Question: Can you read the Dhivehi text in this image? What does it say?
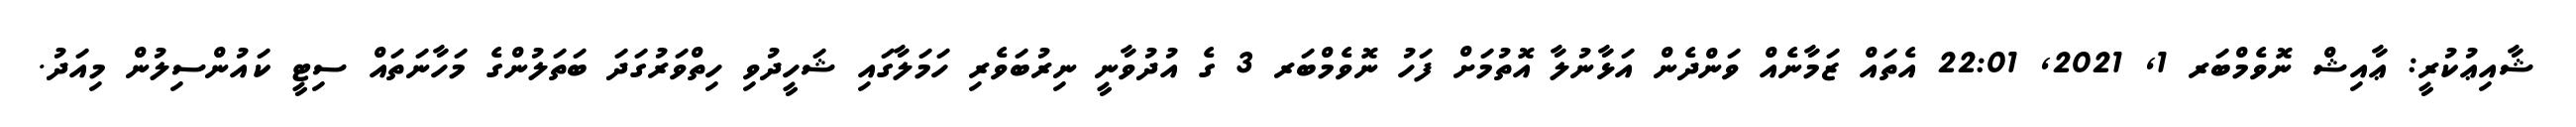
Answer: ޝާއިޢުކުރީ: ޢާއިޝް ނޮވެމްބަރ 1, 2021, 22:01 އެތައް ޒަމާނެއް ވަންދެން އަޅާނުލާ އޮތުމަށް ފަހު ނޮވެމްބަރ 3 ގެ އުދުވާނީ ނިރުބަވެރި ހަމަލާގައި ޝަހީދުވި ހިތްވަރުގަދަ ބަތަލުންގެ މަހާނަތައް ސިޓީ ކައުންސިލުން މިއަދު.